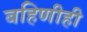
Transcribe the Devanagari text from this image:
बहिणीही